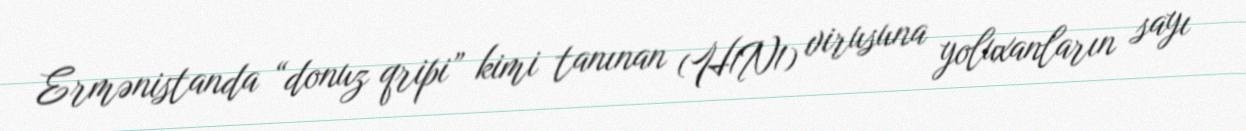
Ermənistanda “donuz qripi” kimi tanınan (H1N1) virusuna yoluxanların sayı